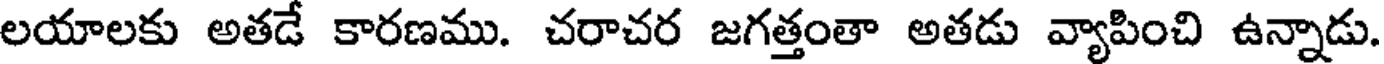
లయాలకు అతడే కారణము. చరాచర జగత్తంతా అతడు వ్యాపించి ఉన్నాడు.